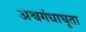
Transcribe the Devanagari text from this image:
अश्वगंधाघृता